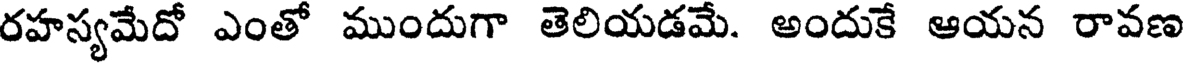
రహస్యమేదో ఎంతో ముందుగా తెలియడమే. అందుకే ఆయన రావణ